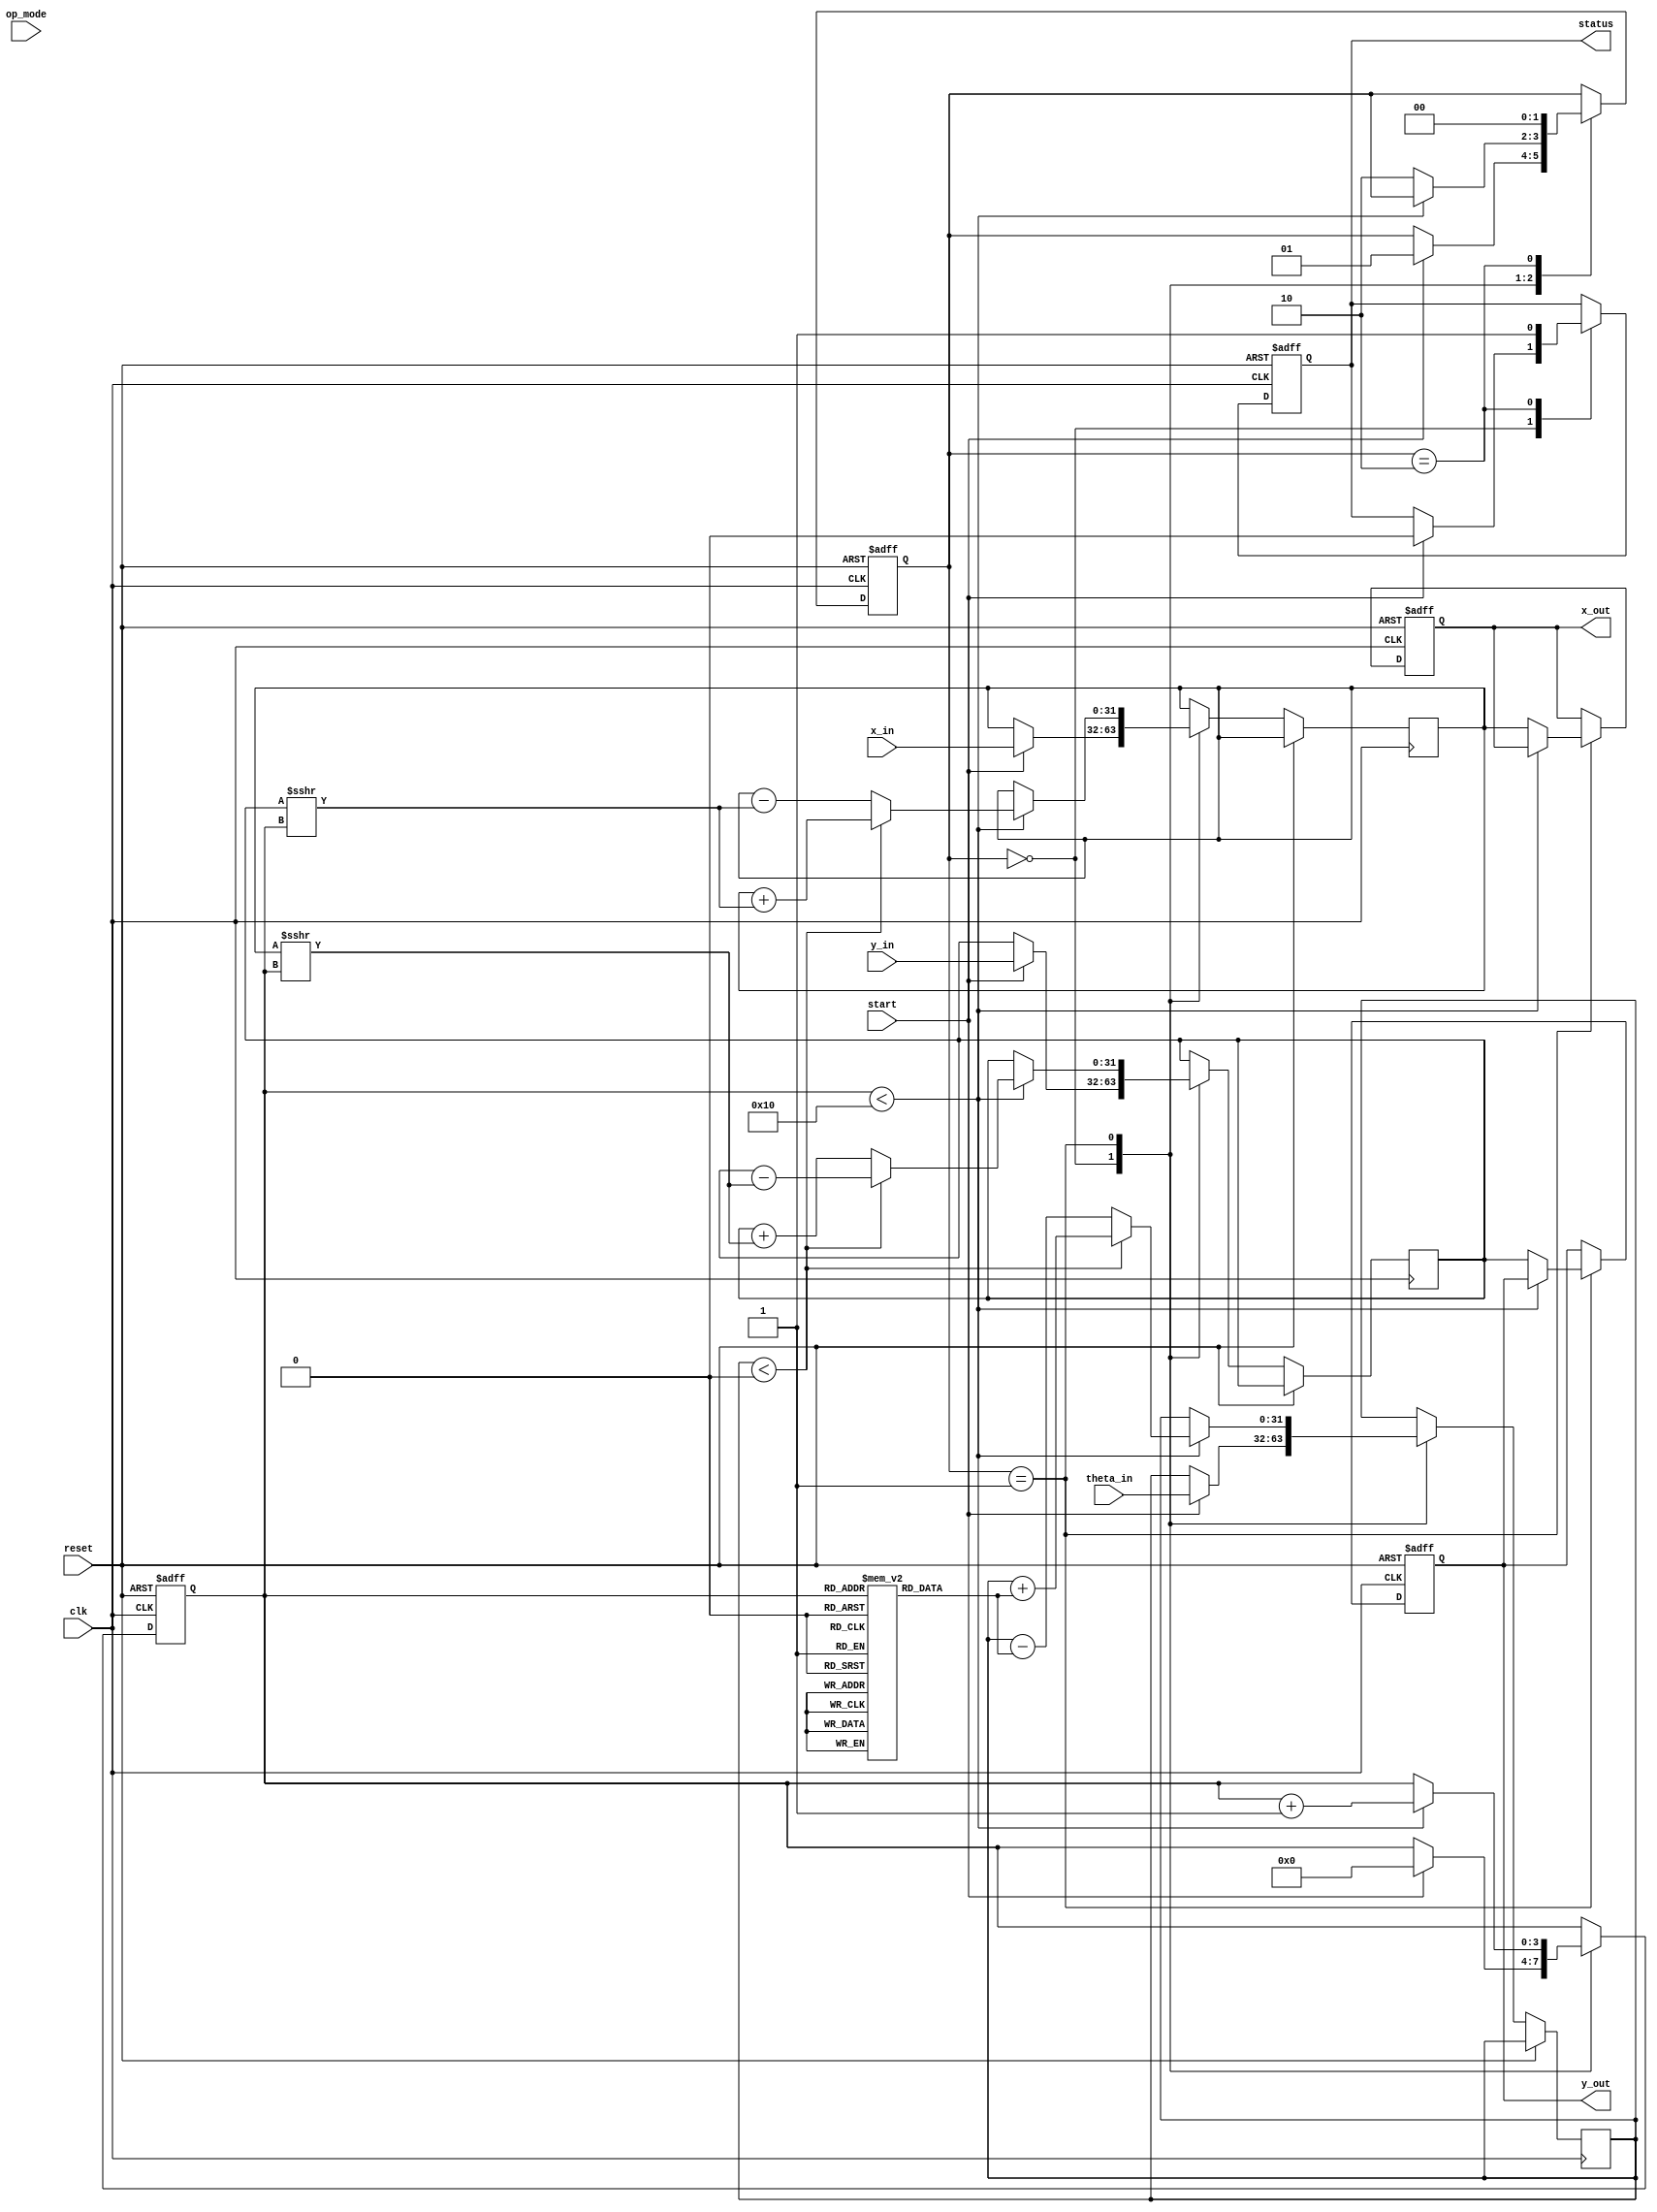
module cordic_fp (
    input wire clk,
    input wire reset,
    input wire [31:0] x_in,       // IEEE 754 single-precision x input
    input wire [31:0] y_in,       // IEEE 754 single-precision y input
    input wire [31:0] theta_in,   // IEEE 754 single-precision angle input
    input wire [1:0] op_mode,     // Operation mode: 00 - Rotation, 01 - Vectoring
    input wire start,              // Start signal for operation
    output reg [31:0] x_out,      // Output x coordinate
    output reg [31:0] y_out,      // Output y coordinate
    output reg status              // Status signal: 1 - done, 0 - processing
);

    parameter NUM_ITERATIONS = 16; // Number of iterations for CORDIC
    reg [31:0] x, y, theta;         // Internal registers for x, y, theta
    reg [3:0] count;                // Iteration counter
    reg [1:0] state;                // FSM state
    reg [31:0] angle_table [0:NUM_ITERATIONS-1]; // Predefined angles

    // Initialize angle table for CORDIC
    initial begin
        // Populate angle_table with predefined angles (in radians)
        angle_table[0] = 32'h00000000; // 0
        angle_table[1] = 32'h3F19999A; // atan(1/2^1)
        angle_table[2] = 32'h3F666666; // atan(1/2^2)
        angle_table[3] = 32'h3F9DB3D7; // atan(1/2^3)
        // ... (more angles for NUM_ITERATIONS)
        angle_table[15] = 32'h3FC90FDB; // atan(1/2^15)
    end

    // FSM States
    localparam IDLE = 2'b00;
    localparam COMPUTE = 2'b01;
    localparam DONE = 2'b10;

    // FSM for controlling the CORDIC operation
    always @(posedge clk or posedge reset) begin
        if (reset) begin
            state <= IDLE;
            status <= 0;
            count <= 0;
            x_out <= 0;
            y_out <= 0;
        end else begin
            case (state)
                IDLE: begin
                    if (start) begin
                        x <= x_in;
                        y <= y_in;
                        theta <= theta_in;
                        count <= 0;
                        state <= COMPUTE;
                        status <= 0;
                    end
                end
                
                COMPUTE: begin
                    if (count < NUM_ITERATIONS) begin
                        // CORDIC Iteration Logic
                        if (theta < 0) begin
                            // Rotate clockwise
                            x <= x + (y >>> count);
                            y <= y - (x >>> count);
                            theta <= theta + angle_table[count];
                        end else begin
                            // Rotate counter-clockwise
                            x <= x - (y >>> count);
                            y <= y + (x >>> count);
                            theta <= theta - angle_table[count];
                        end
                        count <= count + 1;
                    end else begin
                        // Finished all iterations
                        x_out <= x;
                        y_out <= y;
                        state <= DONE;
                    end
                end
                
                DONE: begin
                    status <= 1; // Indicate completion
                    state <= IDLE; // Reset to IDLE state
                end
            endcase
        end
    end

endmodule